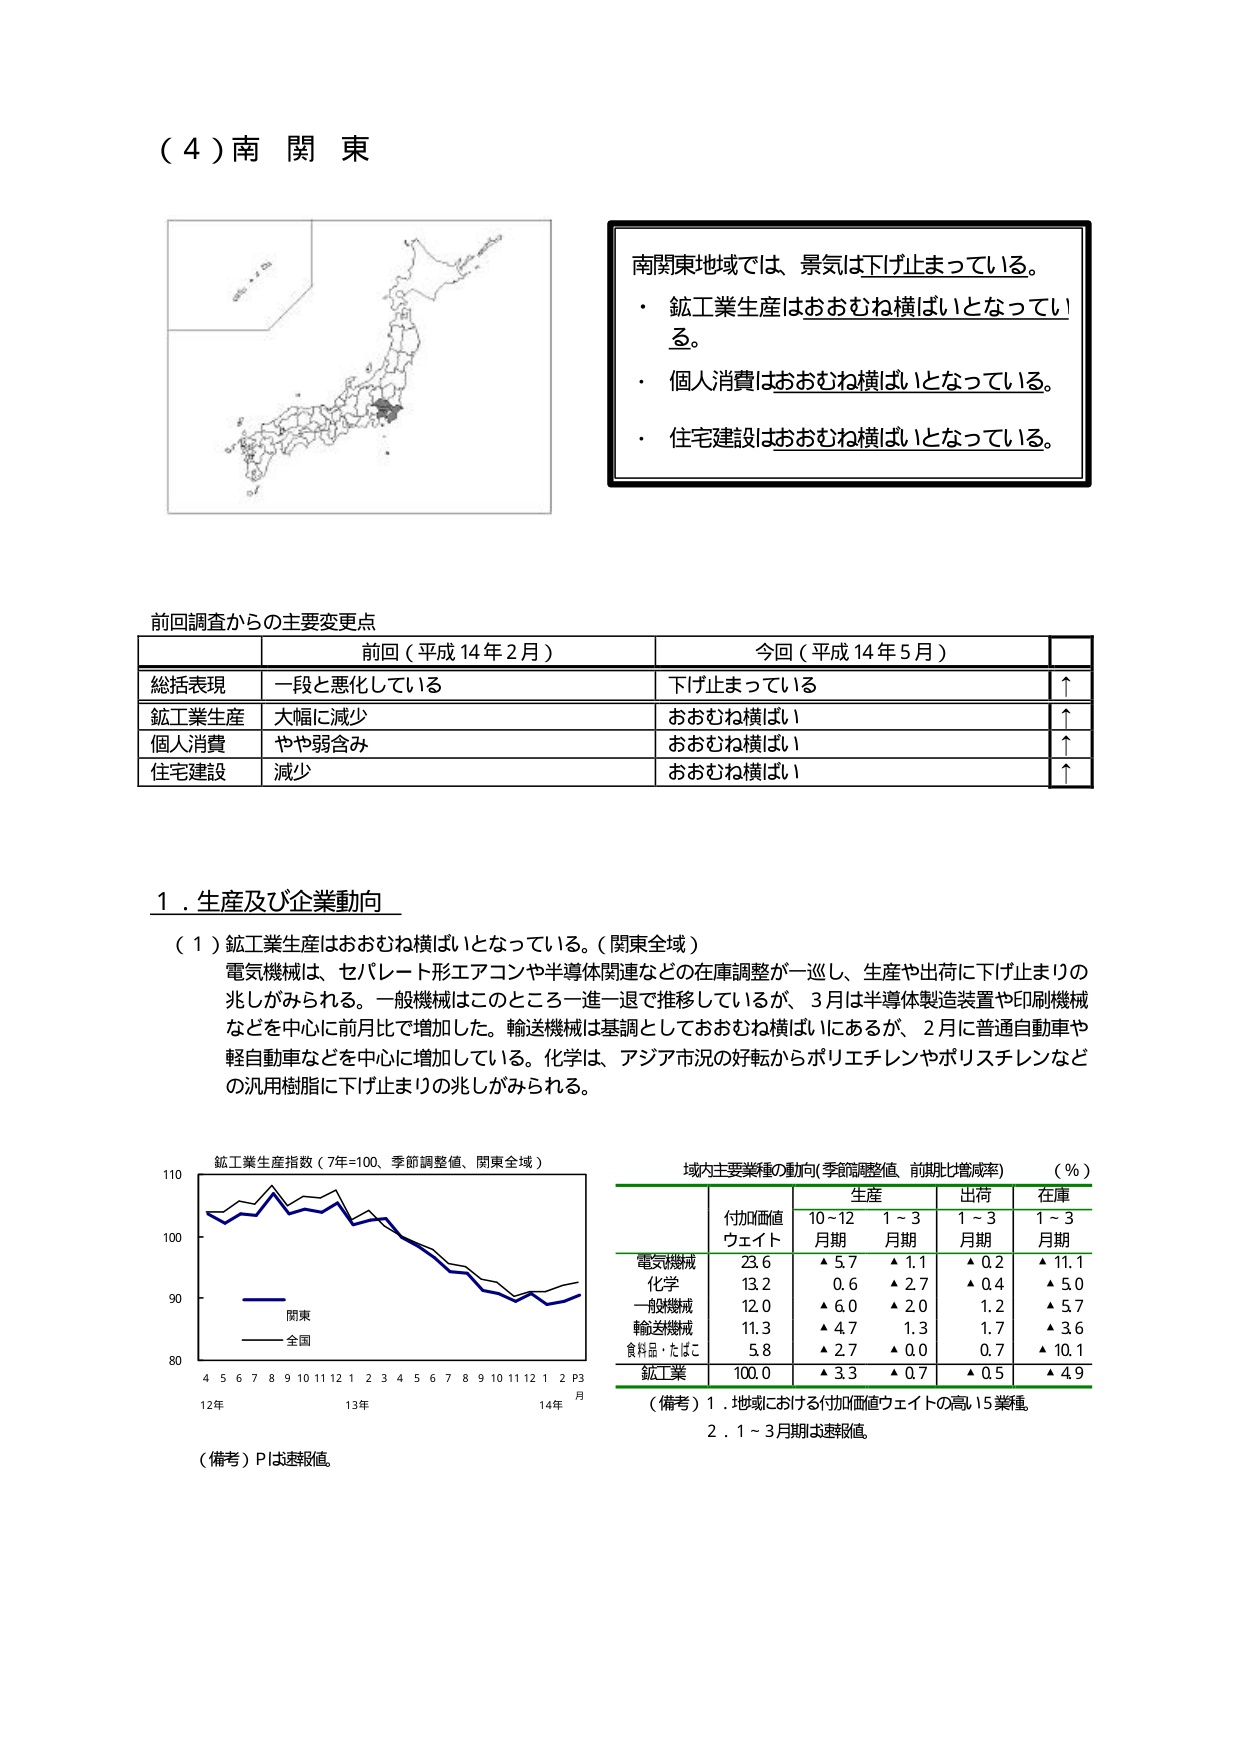
（４）南関東

南関東地域では、景気は下げ止まっている。
・鉱工業生産はおおむね横ばいとなっている。
・個人消費はおおむね横ばいとなっている。
・住宅建設はおおむね横ばいとなっている。

前回調査からの主要変更点
前回（平成14年2月） 今回（平成14年5月）
総括表現 一段と悪化している 下げ止まっている ↑
鉱工業生産 大幅に減少 おおむね横ばい ↑
個人消費 やや弱含み おおむね横ばい ↑
住宅建設 減少 おおむね横ばい ↑

１．生産及び企業動向
（１）鉱工業生産はおおむね横ばいとなっている。（関東全域）
電気機械は、セパレート形エアコンや半導体関連などの在庫調整が一巡し、生産や出荷に下げ止まりの兆しがみられる。一般機械はこのところ一進一退で推移しているが、3月は半導体製造装置や印刷機械などを中心に前月比で増加した。輸送機械は基調としておおむね横ばいにあるが、2月は普通自動車や軽自動車などを中心に増加している。化学は、アジア市況の好転からポリエチレンやポリスチレンなどの汎用樹脂に下げ止まりの兆しがみられる。

鉱工業生産指数（7年=100、季節調整値、関東全域）
110
100
90
80
4 5 6 7 8 9 10 11 12 1 2 3 4 5 6 7 8 9 10 11 12 1 2 P3
12年 13年 14年 月
関東
全国
（備考）Pは速報値。

域内主要業種の動向（季節調整値、前期比増減率）（％）
付加価値
ウェイト 生産 出荷 在庫
10～12 1～3 1～3 1～3
月期 月期 月期 月期
電気機械 23.6 ▲5.7 ▲1.1 ▲0.2 ▲11.1
化学 13.2 0.6 ▲2.7 ▲0.4 ▲5.0
一般機械 12.0 ▲6.0 ▲2.0 1.2 ▲5.7
輸送機械 11.3 ▲4.7 1.3 1.7 ▲3.6
食料品・たばこ 5.8 ▲2.7 ▲0.0 0.7 ▲10.1
鉱工業 100.0 ▲3.3 ▲0.7 ▲0.5 ▲4.9
（備考）1．地域における付加価値ウェイトの高い5業種。
2．1～3月期は速報値。